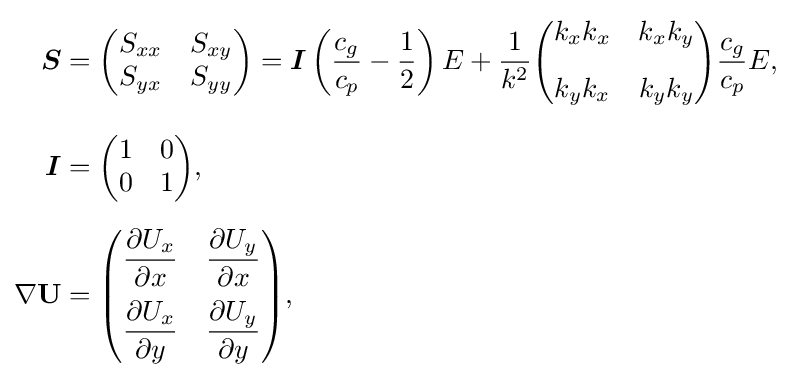
{\begin{aligned}{\boldsymbol {S}}&={\begin{pmatrix}S_{xx}&S_{xy}\\S_{yx}&S_{yy}\end{pmatrix}}={\boldsymbol {I}}\left({\frac {c_{g}}{c_{p}}}-{\frac {1}{2}}\right)E+{\frac {1}{k^{2}}}{\begin{pmatrix}k_{x}k_{x}&k_{x}k_{y}\\[2ex]k_{y}k_{x}&k_{y}k_{y}\end{pmatrix}}{\frac {c_{g}}{c_{p}}}E,\\[6px]{\boldsymbol {I}}&={\begin{pmatrix}1&0\\0&1\end{pmatrix}},\\[6px]\nabla \mathbf {U} &={\begin{pmatrix}\displaystyle {\frac {\partial U_{x}}{\partial x}}&\displaystyle {\frac {\partial U_{y}}{\partial x}}\\[2ex]\displaystyle {\frac {\partial U_{x}}{\partial y}}&\displaystyle {\frac {\partial U_{y}}{\partial y}}\end{pmatrix}},\end{aligned}}